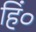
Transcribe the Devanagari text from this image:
हिं०